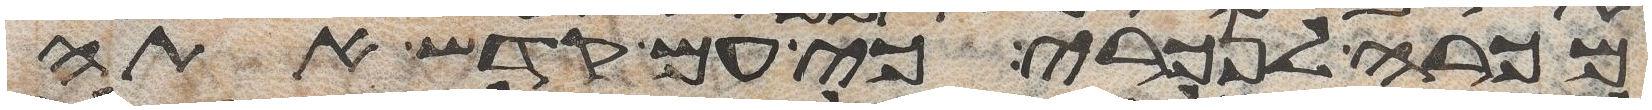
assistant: מכרה לנכרי כי עם קדש אתה